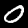
Digit: 0